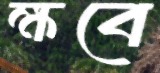
ক্ষবে